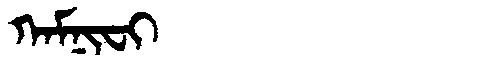
Manchu: ᡴᠠᠮᠨᡳᠸᡳ
Romanization: KAMNIFI